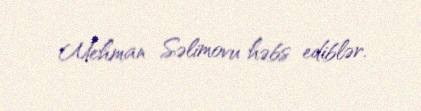
Mehman Səlimovu həbs ediblər.